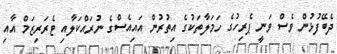
ދެބޭފުޅުން ވެސް ވަނީ ޕެރިހުގެ ހަމަލާތަކުގެ އިތުރުން އައިއެސްގެ ނުރައްކަލާއި ޓެރަރިޒަމް އާއި